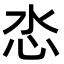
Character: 𢗨